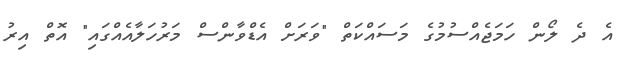
އެ ދެ ލޯން ހަމަޖެއްސުމުގެ މަސައްކަތް "ވަރަށް އެޑްވާންސް މަރުހަލާއެއްގައި" އޮތް އިރު